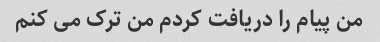
من پیام را دریافت کردم من ترک می کنم